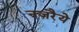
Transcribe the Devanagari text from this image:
नज़रैये